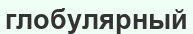
глобулярный